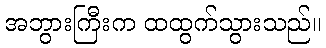
အဘွားကြီးက ထထွက်သွားသည်။